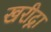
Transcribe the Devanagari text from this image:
खरीद्ना